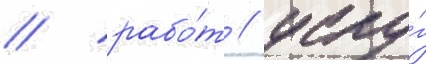
/ рабо́т / услу́г